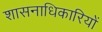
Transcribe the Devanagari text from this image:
शासनाधिकारियों